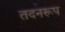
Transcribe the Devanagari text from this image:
तदनरूप